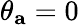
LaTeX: \theta_{\mathbf{a}}=0